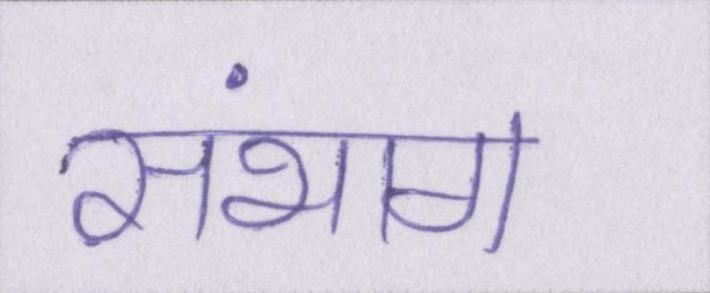
संभाग